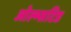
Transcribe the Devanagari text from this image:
ओल्म्सटिड